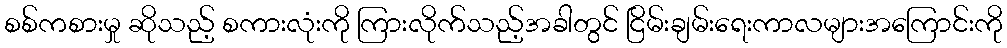
စစ်ကစားမှု ဆိုသည့် စကားလုံးကို ကြားလိုက်သည့်အခါတွင် ငြိမ်းချမ်းရေးကာလများအကြောင်းကို